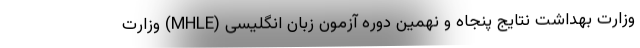
وزارت بهداشت نتایج پنجاه و نهمین دوره آزمون زبان انگلیسی (MHLE) وزارت